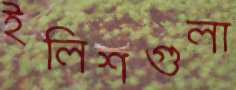
ইলিশগুলা